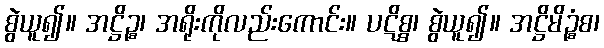
စွဲယူ၍။ အဋ္ဌိဉ္စ၊ အရိုးကိုလည်းကောင်း။ ပဋိစ္စ၊ စွဲယူ၍။ အဋ္ဌိမိဉ္စံစ၊